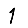
Digit: 1